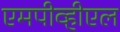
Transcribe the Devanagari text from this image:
एमपीव्हीएल